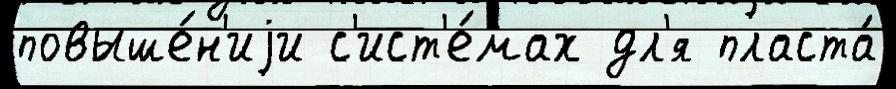
повыше́н'иjи с'ист'е́мах дл'я пласта́